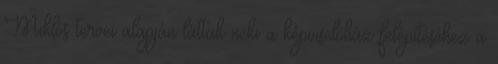
Miklós tervei alapján láttak neki a képviselőház felépítéséhez a